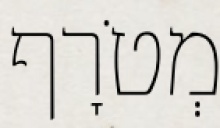
מְטֹרָף